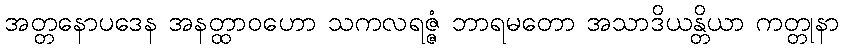
အတ္တနောပဒေန အနတ္ထာဝဟော သကလရဇ္ဇံ ဘာရမတော အသာဒိယန္တိယာ ကတ္တုနာ